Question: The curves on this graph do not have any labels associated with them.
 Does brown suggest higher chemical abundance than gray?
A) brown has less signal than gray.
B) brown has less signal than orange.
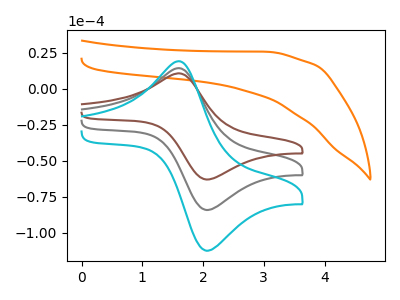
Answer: <think>The orange curve "orange" has no peaks. The gray curve "gray" has an anodic peak at (1.60V, 14.30uA) and a cathodic peak at (2.05V, -84.15uA). The brown curve "brown" has an anodic peak at (1.60V, 10.70uA) and a cathodic peak at (2.05V, -63.00uA). The cyan curve "cyan" has an anodic peak at (1.60V, 28.65uA) and a cathodic peak at (2.05V, -168.35uA).
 All the peaks in "brown" have a peak in "gray" at the same potential. Every peak in "brown" is lower than every peak in "gray".</think>
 <answer>A) "brown" has less signal than "gray".</answer>
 <eval>A</eval>